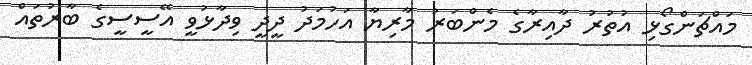
މައްޗަންގޯޅި އުތުރު ދާއިރާގެ މެންބަރު މާރިޔާ އަހުމަދު ދީދީ ވިދާޅުވީ އޭސީސީގެ ބާރުތައް